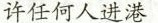
许任何人进港